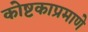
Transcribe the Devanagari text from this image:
कोष्टकाप्रमाणे